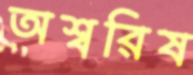
অশ্বরিষ